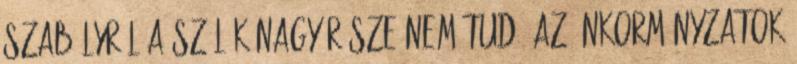
szabályról a szülők nagy része nem tud, az önkormányzatok